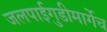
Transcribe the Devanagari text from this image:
जलपाईगुडीमार्गेच